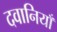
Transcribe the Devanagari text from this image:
दवानियाँ